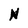
Character: N